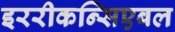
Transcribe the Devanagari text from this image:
इररीकन्सिएबल